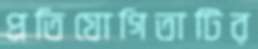
প্রতিযোগিতাটির